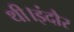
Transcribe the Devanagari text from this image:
थी।इंदौर